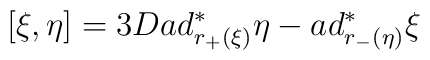
[ \xi , \eta ] =3D ad_{r_{+}(\xi)}^{\ast} \eta  -ad_{r_{-}(\eta)}^{\ast} \xi